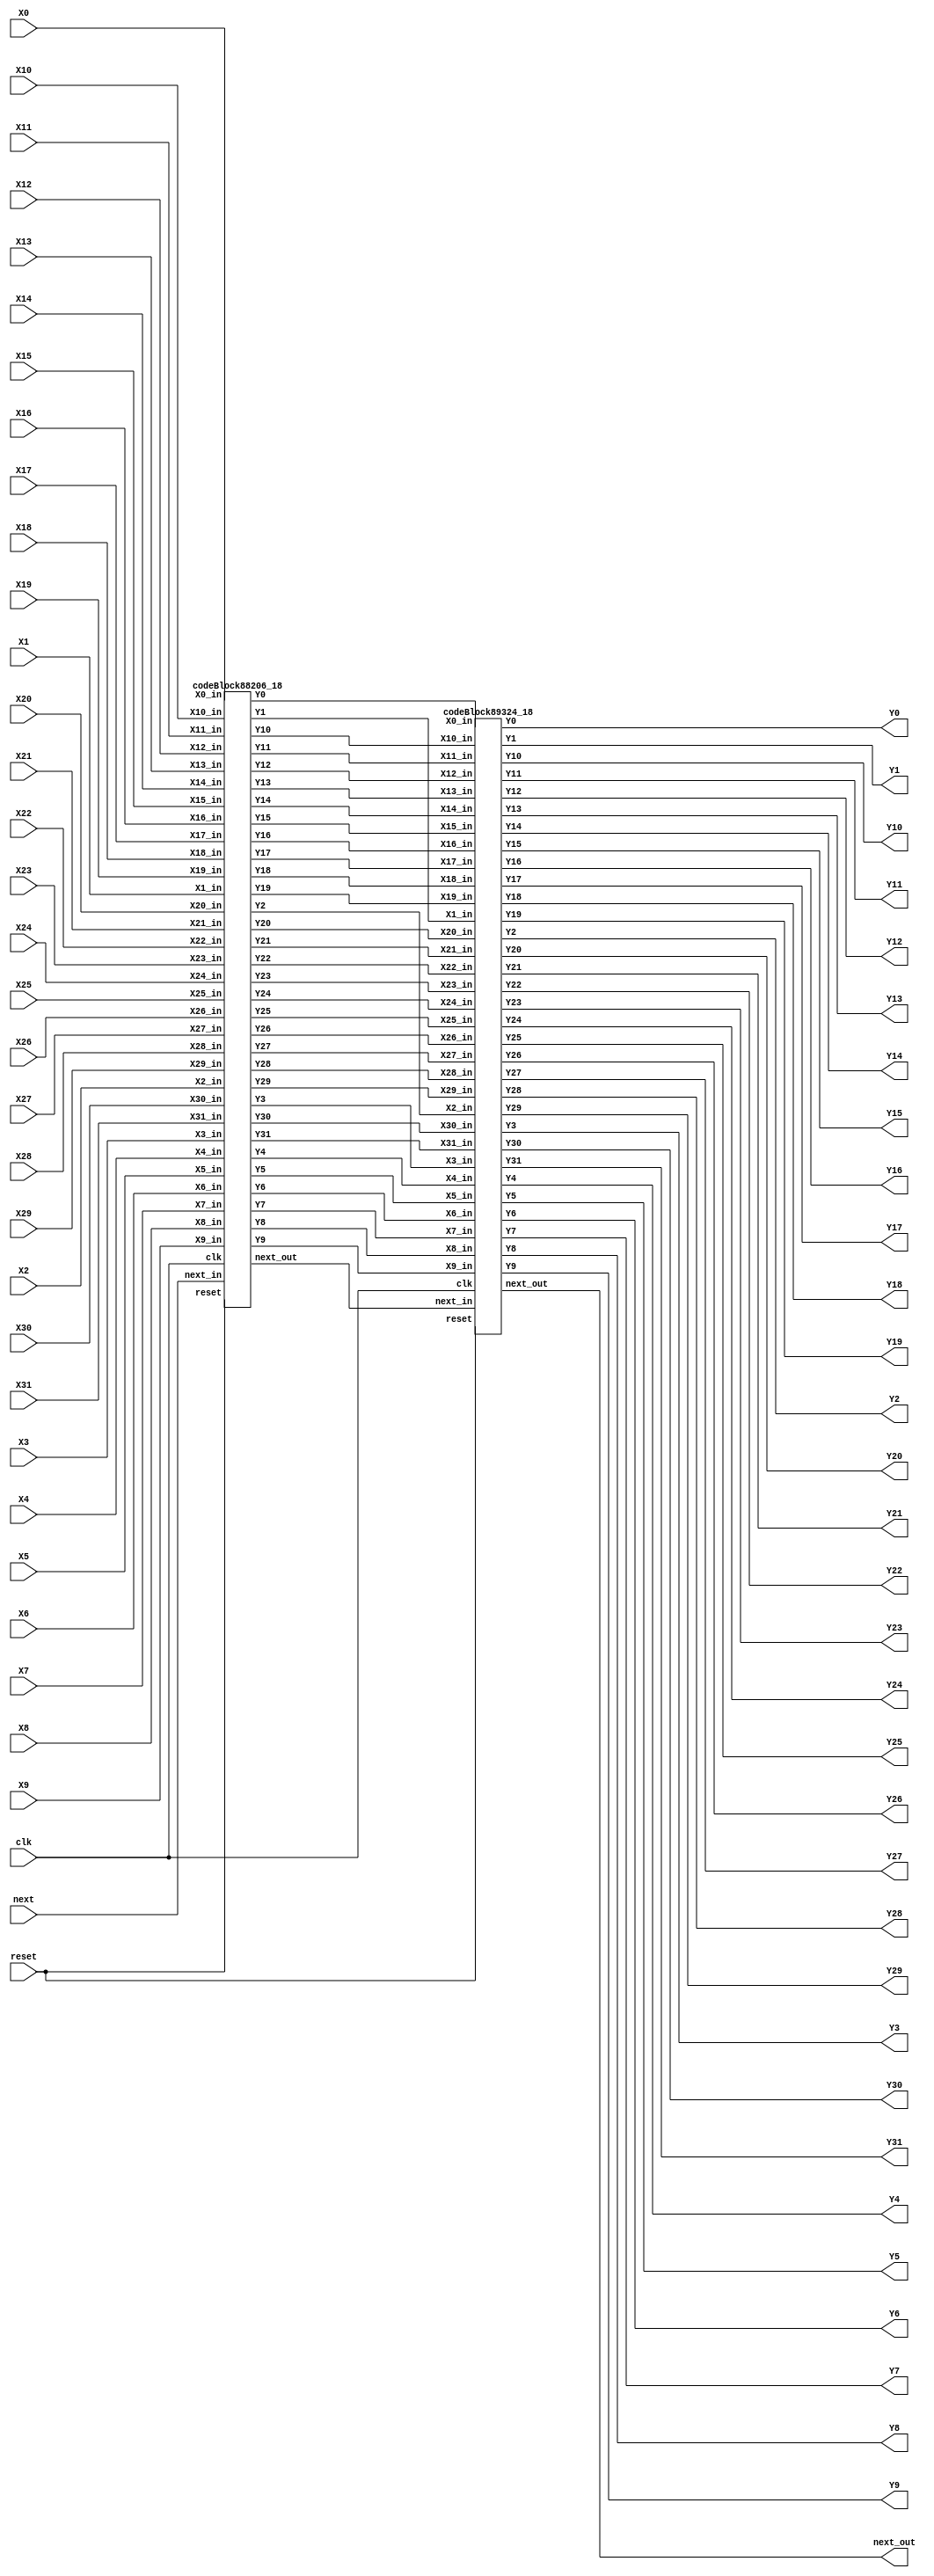
`define SIMULATION_MEMORY

module dft_16_top_18 (
	input clk,
	input reset,
	input next,
	input [17:0] X0,
	output [17:0] Y0,
	input [17:0] X1,
	output [17:0] Y1,
	input [17:0] X2,
	output [17:0] Y2,
	input [17:0] X3,
	output [17:0] Y3,
	input [17:0] X4,
	output [17:0] Y4,
	input [17:0] X5,
	output [17:0] Y5,
	input [17:0] X6,
	output [17:0] Y6,
	input [17:0] X7,
	output [17:0] Y7,
	input [17:0] X8,
	output [17:0] Y8,
	input [17:0] X9,
	output [17:0] Y9,
	input [17:0] X10,
	output [17:0] Y10,
	input [17:0] X11,
	output [17:0] Y11,
	input [17:0] X12,
	output [17:0] Y12,
	input [17:0] X13,
	output [17:0] Y13,
	input [17:0] X14,
	output [17:0] Y14,
	input [17:0] X15,
	output [17:0] Y15,
	input [17:0] X16,
	output [17:0] Y16,
	input [17:0] X17,
	output [17:0] Y17,
	input [17:0] X18,
	output [17:0] Y18,
	input [17:0] X19,
	output [17:0] Y19,
	input [17:0] X20,
	output [17:0] Y20,
	input [17:0] X21,
	output [17:0] Y21,
	input [17:0] X22,
	output [17:0] Y22,
	input [17:0] X23,
	output [17:0] Y23,
	input [17:0] X24,
	output [17:0] Y24,
	input [17:0] X25,
	output [17:0] Y25,
	input [17:0] X26,
	output [17:0] Y26,
	input [17:0] X27,
	output [17:0] Y27,
	input [17:0] X28,
	output [17:0] Y28,
	input [17:0] X29,
	output [17:0] Y29,
	input [17:0] X30,
	output [17:0] Y30,
	input [17:0] X31,
	output [17:0] Y31,
	output next_out
);

wire [17:0] t0_0;
wire [17:0] t0_1;
wire [17:0] t0_2;
wire [17:0] t0_3;
wire [17:0] t0_4;
wire [17:0] t0_5;
wire [17:0] t0_6;
wire [17:0] t0_7;
wire [17:0] t0_8;
wire [17:0] t0_9;
wire [17:0] t0_10;
wire [17:0] t0_11;
wire [17:0] t0_12;
wire [17:0] t0_13;
wire [17:0] t0_14;
wire [17:0] t0_15;
wire [17:0] t0_16;
wire [17:0] t0_17;
wire [17:0] t0_18;
wire [17:0] t0_19;
wire [17:0] t0_20;
wire [17:0] t0_21;
wire [17:0] t0_22;
wire [17:0] t0_23;
wire [17:0] t0_24;
wire [17:0] t0_25;
wire [17:0] t0_26;
wire [17:0] t0_27;
wire [17:0] t0_28;
wire [17:0] t0_29;
wire [17:0] t0_30;
wire [17:0] t0_31;
wire next_0;
wire [17:0] t1_0;
wire [17:0] t1_1;
wire [17:0] t1_2;
wire [17:0] t1_3;
wire [17:0] t1_4;
wire [17:0] t1_5;
wire [17:0] t1_6;
wire [17:0] t1_7;
wire [17:0] t1_8;
wire [17:0] t1_9;
wire [17:0] t1_10;
wire [17:0] t1_11;
wire [17:0] t1_12;
wire [17:0] t1_13;
wire [17:0] t1_14;
wire [17:0] t1_15;
wire [17:0] t1_16;
wire [17:0] t1_17;
wire [17:0] t1_18;
wire [17:0] t1_19;
wire [17:0] t1_20;
wire [17:0] t1_21;
wire [17:0] t1_22;
wire [17:0] t1_23;
wire [17:0] t1_24;
wire [17:0] t1_25;
wire [17:0] t1_26;
wire [17:0] t1_27;
wire [17:0] t1_28;
wire [17:0] t1_29;
wire [17:0] t1_30;
wire [17:0] t1_31;
wire next_1;
wire [17:0] t2_0;
wire [17:0] t2_1;
wire [17:0] t2_2;
wire [17:0] t2_3;
wire [17:0] t2_4;
wire [17:0] t2_5;
wire [17:0] t2_6;
wire [17:0] t2_7;
wire [17:0] t2_8;
wire [17:0] t2_9;
wire [17:0] t2_10;
wire [17:0] t2_11;
wire [17:0] t2_12;
wire [17:0] t2_13;
wire [17:0] t2_14;
wire [17:0] t2_15;
wire [17:0] t2_16;
wire [17:0] t2_17;
wire [17:0] t2_18;
wire [17:0] t2_19;
wire [17:0] t2_20;
wire [17:0] t2_21;
wire [17:0] t2_22;
wire [17:0] t2_23;
wire [17:0] t2_24;
wire [17:0] t2_25;
wire [17:0] t2_26;
wire [17:0] t2_27;
wire [17:0] t2_28;
wire [17:0] t2_29;
wire [17:0] t2_30;
wire [17:0] t2_31;
wire next_2;

assign t0_0 = X0;
assign Y0 = t2_0;
assign t0_1 = X1;
assign Y1 = t2_1;
assign t0_2 = X2;
assign Y2 = t2_2;
assign t0_3 = X3;
assign Y3 = t2_3;
assign t0_4 = X4;
assign Y4 = t2_4;
assign t0_5 = X5;
assign Y5 = t2_5;
assign t0_6 = X6;
assign Y6 = t2_6;
assign t0_7 = X7;
assign Y7 = t2_7;
assign t0_8 = X8;
assign Y8 = t2_8;
assign t0_9 = X9;
assign Y9 = t2_9;
assign t0_10 = X10;
assign Y10 = t2_10;
assign t0_11 = X11;
assign Y11 = t2_11;
assign t0_12 = X12;
assign Y12 = t2_12;
assign t0_13 = X13;
assign Y13 = t2_13;
assign t0_14 = X14;
assign Y14 = t2_14;
assign t0_15 = X15;
assign Y15 = t2_15;
assign t0_16 = X16;
assign Y16 = t2_16;
assign t0_17 = X17;
assign Y17 = t2_17;
assign t0_18 = X18;
assign Y18 = t2_18;
assign t0_19 = X19;
assign Y19 = t2_19;
assign t0_20 = X20;
assign Y20 = t2_20;
assign t0_21 = X21;
assign Y21 = t2_21;
assign t0_22 = X22;
assign Y22 = t2_22;
assign t0_23 = X23;
assign Y23 = t2_23;
assign t0_24 = X24;
assign Y24 = t2_24;
assign t0_25 = X25;
assign Y25 = t2_25;
assign t0_26 = X26;
assign Y26 = t2_26;
assign t0_27 = X27;
assign Y27 = t2_27;
assign t0_28 = X28;
assign Y28 = t2_28;
assign t0_29 = X29;
assign Y29 = t2_29;
assign t0_30 = X30;
assign Y30 = t2_30;
assign t0_31 = X31;
assign Y31 = t2_31;
assign next_0 = next;
assign next_out = next_2;
codeBlock88206_18 codeBlock88206_18_inst (
	.clk(clk),
	.reset(reset),
	.next_in(next_0),
	.X0_in(t0_0),
	.Y0(t1_0),
	.X1_in(t0_1),
	.Y1(t1_1),
	.X2_in(t0_2),
	.Y2(t1_2),
	.X3_in(t0_3),
	.Y3(t1_3),
	.X4_in(t0_4),
	.Y4(t1_4),
	.X5_in(t0_5),
	.Y5(t1_5),
	.X6_in(t0_6),
	.Y6(t1_6),
	.X7_in(t0_7),
	.Y7(t1_7),
	.X8_in(t0_8),
	.Y8(t1_8),
	.X9_in(t0_9),
	.Y9(t1_9),
	.X10_in(t0_10),
	.Y10(t1_10),
	.X11_in(t0_11),
	.Y11(t1_11),
	.X12_in(t0_12),
	.Y12(t1_12),
	.X13_in(t0_13),
	.Y13(t1_13),
	.X14_in(t0_14),
	.Y14(t1_14),
	.X15_in(t0_15),
	.Y15(t1_15),
	.X16_in(t0_16),
	.Y16(t1_16),
	.X17_in(t0_17),
	.Y17(t1_17),
	.X18_in(t0_18),
	.Y18(t1_18),
	.X19_in(t0_19),
	.Y19(t1_19),
	.X20_in(t0_20),
	.Y20(t1_20),
	.X21_in(t0_21),
	.Y21(t1_21),
	.X22_in(t0_22),
	.Y22(t1_22),
	.X23_in(t0_23),
	.Y23(t1_23),
	.X24_in(t0_24),
	.Y24(t1_24),
	.X25_in(t0_25),
	.Y25(t1_25),
	.X26_in(t0_26),
	.Y26(t1_26),
	.X27_in(t0_27),
	.Y27(t1_27),
	.X28_in(t0_28),
	.Y28(t1_28),
	.X29_in(t0_29),
	.Y29(t1_29),
	.X30_in(t0_30),
	.Y30(t1_30),
	.X31_in(t0_31),
	.Y31(t1_31),
	.next_out(next_1)
);

codeBlock89324_18 codeBlock89324_18_inst (
	.clk(clk),
	.reset(reset),
	.next_in(next_1),
	.X0_in(t1_0),
	.Y0(t2_0),
	.X1_in(t1_1),
	.Y1(t2_1),
	.X2_in(t1_2),
	.Y2(t2_2),
	.X3_in(t1_3),
	.Y3(t2_3),
	.X4_in(t1_4),
	.Y4(t2_4),
	.X5_in(t1_5),
	.Y5(t2_5),
	.X6_in(t1_6),
	.Y6(t2_6),
	.X7_in(t1_7),
	.Y7(t2_7),
	.X8_in(t1_8),
	.Y8(t2_8),
	.X9_in(t1_9),
	.Y9(t2_9),
	.X10_in(t1_10),
	.Y10(t2_10),
	.X11_in(t1_11),
	.Y11(t2_11),
	.X12_in(t1_12),
	.Y12(t2_12),
	.X13_in(t1_13),
	.Y13(t2_13),
	.X14_in(t1_14),
	.Y14(t2_14),
	.X15_in(t1_15),
	.Y15(t2_15),
	.X16_in(t1_16),
	.Y16(t2_16),
	.X17_in(t1_17),
	.Y17(t2_17),
	.X18_in(t1_18),
	.Y18(t2_18),
	.X19_in(t1_19),
	.Y19(t2_19),
	.X20_in(t1_20),
	.Y20(t2_20),
	.X21_in(t1_21),
	.Y21(t2_21),
	.X22_in(t1_22),
	.Y22(t2_22),
	.X23_in(t1_23),
	.Y23(t2_23),
	.X24_in(t1_24),
	.Y24(t2_24),
	.X25_in(t1_25),
	.Y25(t2_25),
	.X26_in(t1_26),
	.Y26(t2_26),
	.X27_in(t1_27),
	.Y27(t2_27),
	.X28_in(t1_28),
	.Y28(t2_28),
	.X29_in(t1_29),
	.Y29(t2_29),
	.X30_in(t1_30),
	.Y30(t2_30),
	.X31_in(t1_31),
	.Y31(t2_31),
	.next_out(next_2)
);

endmodule
module codeBlock89324_18 (
	input clk,
	input reset,
	input next_in,
	input [17:0] X0_in,
	output [17:0] Y0,
	input [17:0] X1_in,
	output [17:0] Y1,
	input [17:0] X2_in,
	output [17:0] Y2,
	input [17:0] X3_in,
	output [17:0] Y3,
	input [17:0] X4_in,
	output [17:0] Y4,
	input [17:0] X5_in,
	output [17:0] Y5,
	input [17:0] X6_in,
	output [17:0] Y6,
	input [17:0] X7_in,
	output [17:0] Y7,
	input [17:0] X8_in,
	output [17:0] Y8,
	input [17:0] X9_in,
	output [17:0] Y9,
	input [17:0] X10_in,
	output [17:0] Y10,
	input [17:0] X11_in,
	output [17:0] Y11,
	input [17:0] X12_in,
	output [17:0] Y12,
	input [17:0] X13_in,
	output [17:0] Y13,
	input [17:0] X14_in,
	output [17:0] Y14,
	input [17:0] X15_in,
	output [17:0] Y15,
	input [17:0] X16_in,
	output [17:0] Y16,
	input [17:0] X17_in,
	output [17:0] Y17,
	input [17:0] X18_in,
	output [17:0] Y18,
	input [17:0] X19_in,
	output [17:0] Y19,
	input [17:0] X20_in,
	output [17:0] Y20,
	input [17:0] X21_in,
	output [17:0] Y21,
	input [17:0] X22_in,
	output [17:0] Y22,
	input [17:0] X23_in,
	output [17:0] Y23,
	input [17:0] X24_in,
	output [17:0] Y24,
	input [17:0] X25_in,
	output [17:0] Y25,
	input [17:0] X26_in,
	output [17:0] Y26,
	input [17:0] X27_in,
	output [17:0] Y27,
	input [17:0] X28_in,
	output [17:0] Y28,
	input [17:0] X29_in,
	output [17:0] Y29,
	input [17:0] X30_in,
	output [17:0] Y30,
	input [17:0] X31_in,
	output [17:0] Y31,
	output next_out
);

reg next;
reg [17:0] X0;
reg [17:0] X1;
reg [17:0] X2;
reg [17:0] X3;
reg [17:0] X4;
reg [17:0] X5;
reg [17:0] X6;
reg [17:0] X7;
reg [17:0] X8;
reg [17:0] X9;
reg [17:0] X10;
reg [17:0] X11;
reg [17:0] X12;
reg [17:0] X13;
reg [17:0] X14;
reg [17:0] X15;
reg [17:0] X16;
reg [17:0] X17;
reg [17:0] X18;
reg [17:0] X19;
reg [17:0] X20;
reg [17:0] X21;
reg [17:0] X22;
reg [17:0] X23;
reg [17:0] X24;
reg [17:0] X25;
reg [17:0] X26;
reg [17:0] X27;
reg [17:0] X28;
reg [17:0] X29;
reg [17:0] X30;
reg [17:0] X31;

shiftRegFIFO_2_1 shiftRegFIFO_2_1_inst (
	.X(next),
	.Y(next_out),
	.reset(reset),
	.clk(clk)
);

wire  [17:0] a65;
 		wire  [17:0] a66;
 		wire  [17:0] a67;
 		wire  [17:0] a68;
 		wire  [17:0] a73;
 		wire  [17:0] a74;
 		wire  [17:0] a75;
 		wire  [17:0] a76;
 		wire  [17:0] a81;
 		wire  [17:0] a82;
 		wire  [17:0] a83;
 		wire  [17:0] a84;
 		wire  [17:0] a89;
 		wire  [17:0] a90;
 		wire  [17:0] a91;
 		wire  [17:0] a92;
 		wire  [17:0] a97;
 		wire  [17:0] a98;
 		wire  [17:0] a99;
 		wire  [17:0] a100;
 		wire  [17:0] a105;
 		wire  [17:0] a106;
 		wire  [17:0] a107;
 		wire  [17:0] a108;
 		wire  [17:0] a113;
 		wire  [17:0] a114;
 		wire  [17:0] a115;
 		wire  [17:0] a116;
 		wire  [17:0] a121;
 		wire  [17:0] a122;
 		wire  [17:0] a123;
 		wire  [17:0] a124;
 		wire  [17:0] t402;
 		wire  [17:0] t403;
 		wire  [17:0] t404;
 		wire  [17:0] t405;
 		wire  [17:0] t406;
 		wire  [17:0] t407;
 		wire  [17:0] t408;
 		wire  [17:0] t409;
 		wire  [17:0] t418;
 		wire  [17:0] t419;
 		wire  [17:0] t420;
 		wire  [17:0] t421;
 		wire  [17:0] t422;
 		wire  [17:0] t423;
 		wire  [17:0] t424;
 		wire  [17:0] t425;
 		wire  [17:0] t434;
 		wire  [17:0] t435;
 		wire  [17:0] t436;
 		wire  [17:0] t437;
 		wire  [17:0] t438;
 		wire  [17:0] t439;
 		wire  [17:0] t440;
 		wire  [17:0] t441;
 		wire  [17:0] t450;
 		wire  [17:0] t451;
 		wire  [17:0] t452;
 		wire  [17:0] t453;
 		wire  [17:0] t454;
 		wire  [17:0] t455;
 		wire  [17:0] t456;
 		wire  [17:0] t457;
 		wire  [17:0] t410;
 		wire  [17:0] t411;
 		wire  [17:0] t412;
 		wire  [17:0] t413;
 		wire  [17:0] t414;
 		wire  [17:0] t415;
 		wire  [17:0] t416;
 		wire  [17:0] t417;
 		wire  [17:0] t426;
 		wire  [17:0] t427;
 		wire  [17:0] t428;
 		wire  [17:0] t429;
 		wire  [17:0] t430;
 		wire  [17:0] t431;
 		wire  [17:0] t432;
 		wire  [17:0] t433;
 		wire  [17:0] t442;
 		wire  [17:0] t443;
 		wire  [17:0] t444;
 		wire  [17:0] t445;
 		wire  [17:0] t446;
 		wire  [17:0] t447;
 		wire  [17:0] t448;
 		wire  [17:0] t449;
 		wire  [17:0] t458;
 		wire  [17:0] t459;
 		wire  [17:0] t460;
 		wire  [17:0] t461;
 		wire  [17:0] t462;
 		wire  [17:0] t463;
 		wire  [17:0] t464;
 		wire  [17:0] t465;
assign a65 = X0;
 		assign a66 = X16;
 		assign a67 = X1;
 		assign a68 = X17;
 		assign a73 = X8;
 		assign a74 = X24;
 		assign a75 = X9;
 		assign a76 = X25;
 		assign a81 = X2;
 		assign a82 = X18;
 		assign a83 = X3;
 		assign a84 = X19;
 		assign a89 = X10;
 		assign a90 = X26;
 		assign a91 = X11;
 		assign a92 = X27;
 		assign a97 = X4;
 		assign a98 = X20;
 		assign a99 = X5;
 		assign a100 = X21;
 		assign a105 = X12;
 		assign a106 = X28;
 		assign a107 = X13;
 		assign a108 = X29;
 		assign a113 = X6;
 		assign a114 = X22;
 		assign a115 = X7;
 		assign a116 = X23;
 		assign a121 = X14;
 		assign a122 = X30;
 		assign a123 = X15;
 		assign a124 = X31;
 		assign Y0 = t410;
 		assign Y1 = t411;
 		assign Y16 = t412;
 		assign Y17 = t413;
 		assign Y8 = t414;
 		assign Y9 = t415;
 		assign Y24 = t416;
 		assign Y25 = t417;
 		assign Y2 = t426;
 		assign Y3 = t427;
 		assign Y18 = t428;
 		assign Y19 = t429;
 		assign Y10 = t430;
 		assign Y11 = t431;
 		assign Y26 = t432;
 		assign Y27 = t433;
 		assign Y4 = t442;
 		assign Y5 = t443;
 		assign Y20 = t444;
 		assign Y21 = t445;
 		assign Y12 = t446;
 		assign Y13 = t447;
 		assign Y28 = t448;
 		assign Y29 = t449;
 		assign Y6 = t458;
 		assign Y7 = t459;
 		assign Y22 = t460;
 		assign Y23 = t461;
 		assign Y14 = t462;
 		assign Y15 = t463;
 		assign Y30 = t464;
 		assign Y31 = t465;

addfxp_18_1 add89336(.a(a65), .b(a66), .clk(clk), .q(t402));
 		addfxp_18_1 add89351(.a(a67), .b(a68), .clk(clk), .q(t403));
 		subfxp_18_1 sub89366(.a(a65), .b(a66), .clk(clk), .q(t404));
 		subfxp_18_1 sub89381(.a(a67), .b(a68), .clk(clk), .q(t405));
 		addfxp_18_1 add89396(.a(a73), .b(a74), .clk(clk), .q(t406));
 		addfxp_18_1 add89411(.a(a75), .b(a76), .clk(clk), .q(t407));
 		subfxp_18_1 sub89426(.a(a73), .b(a74), .clk(clk), .q(t408));
 		subfxp_18_1 sub89441(.a(a75), .b(a76), .clk(clk), .q(t409));
 		addfxp_18_1 add89544(.a(a81), .b(a82), .clk(clk), .q(t418));
 		addfxp_18_1 add89559(.a(a83), .b(a84), .clk(clk), .q(t419));
 		subfxp_18_1 sub89574(.a(a81), .b(a82), .clk(clk), .q(t420));
 		subfxp_18_1 sub89589(.a(a83), .b(a84), .clk(clk), .q(t421));
 		addfxp_18_1 add89604(.a(a89), .b(a90), .clk(clk), .q(t422));
 		addfxp_18_1 add89619(.a(a91), .b(a92), .clk(clk), .q(t423));
 		subfxp_18_1 sub89634(.a(a89), .b(a90), .clk(clk), .q(t424));
 		subfxp_18_1 sub89649(.a(a91), .b(a92), .clk(clk), .q(t425));
 		addfxp_18_1 add89752(.a(a97), .b(a98), .clk(clk), .q(t434));
 		addfxp_18_1 add89767(.a(a99), .b(a100), .clk(clk), .q(t435));
 		subfxp_18_1 sub89782(.a(a97), .b(a98), .clk(clk), .q(t436));
		subfxp_18_1 sub89797(.a(a99), .b(a100), .clk(clk), .q(t437));
 		addfxp_18_1 add89812(.a(a105), .b(a106), .clk(clk), .q(t438));
 		addfxp_18_1 add89827(.a(a107), .b(a108), .clk(clk), .q(t439));
 		subfxp_18_1 sub89842(.a(a105), .b(a106), .clk(clk), .q(t440));
 		subfxp_18_1 sub89857(.a(a107), .b(a108), .clk(clk), .q(t441));
 		addfxp_18_1 add89960(.a(a113), .b(a114), .clk(clk), .q(t450));
 		addfxp_18_1 add89975(.a(a115), .b(a116), .clk(clk), .q(t451));
 		subfxp_18_1 sub89990(.a(a113), .b(a114), .clk(clk), .q(t452));
 		subfxp_18_1 sub90005(.a(a115), .b(a116), .clk(clk), .q(t453));
 		addfxp_18_1 add90020(.a(a121), .b(a122), .clk(clk), .q(t454));
 		addfxp_18_1 add90035(.a(a123), .b(a124), .clk(clk), .q(t455));
 		subfxp_18_1 sub90050(.a(a121), .b(a122), .clk(clk), .q(t456));
 		subfxp_18_1 sub90065(.a(a123), .b(a124), .clk(clk), .q(t457));
 		addfxp_18_1 add89448(.a(t402), .b(t406), .clk(clk), .q(t410));
 		addfxp_18_1 add89455(.a(t403), .b(t407), .clk(clk), .q(t411));
 		subfxp_18_1 sub89462(.a(t402), .b(t406), .clk(clk), .q(t412));
 		subfxp_18_1 sub89469(.a(t403), .b(t407), .clk(clk), .q(t413));
 		addfxp_18_1 add89492(.a(t404), .b(t409), .clk(clk), .q(t414));
 		subfxp_18_1 sub89499(.a(t405), .b(t408), .clk(clk), .q(t415));
 		subfxp_18_1 sub89506(.a(t404), .b(t409), .clk(clk), .q(t416));
 		addfxp_18_1 add89513(.a(t405), .b(t408), .clk(clk), .q(t417));
 		addfxp_18_1 add89656(.a(t418), .b(t422), .clk(clk), .q(t426));
 		addfxp_18_1 add89663(.a(t419), .b(t423), .clk(clk), .q(t427));
 		subfxp_18_1 sub89670(.a(t418), .b(t422), .clk(clk), .q(t428));
 		subfxp_18_1 sub89677(.a(t419), .b(t423), .clk(clk), .q(t429));
 		addfxp_18_1 add89700(.a(t420), .b(t425), .clk(clk), .q(t430));
 		subfxp_18_1 sub89707(.a(t421), .b(t424), .clk(clk), .q(t431));
 		subfxp_18_1 sub89714(.a(t420), .b(t425), .clk(clk), .q(t432));
 		addfxp_18_1 add89721(.a(t421), .b(t424), .clk(clk), .q(t433));
 		addfxp_18_1 add89864(.a(t434), .b(t438), .clk(clk), .q(t442));
 		addfxp_18_1 add89871(.a(t435), .b(t439), .clk(clk), .q(t443));
 		subfxp_18_1 sub89878(.a(t434), .b(t438), .clk(clk), .q(t444));
 		subfxp_18_1 sub89885(.a(t435), .b(t439), .clk(clk), .q(t445));
 		addfxp_18_1 add89908(.a(t436), .b(t441), .clk(clk), .q(t446));
 		subfxp_18_1 sub89915(.a(t437), .b(t440), .clk(clk), .q(t447));
 		subfxp_18_1 sub89922(.a(t436), .b(t441), .clk(clk), .q(t448));
 		addfxp_18_1 add89929(.a(t437), .b(t440), .clk(clk), .q(t449));
 		addfxp_18_1 add90072(.a(t450), .b(t454), .clk(clk), .q(t458));
 		addfxp_18_1 add90079(.a(t451), .b(t455), .clk(clk), .q(t459));
 		subfxp_18_1 sub90086(.a(t450), .b(t454), .clk(clk), .q(t460));
 		subfxp_18_1 sub90093(.a(t451), .b(t455), .clk(clk), .q(t461));
 		addfxp_18_1 add90116(.a(t452), .b(t457), .clk(clk), .q(t462));
 		subfxp_18_1 sub90123(.a(t453), .b(t456), .clk(clk), .q(t463));
 		subfxp_18_1 sub90130(.a(t452), .b(t457), .clk(clk), .q(t464));
 		addfxp_18_1 add90137(.a(t453), .b(t456), .clk(clk), .q(t465));

always @(posedge clk) begin
	if (reset == 1) begin
		next <= 1'b0;
	end else begin
		X0 <= X0_in;
		X1 <= X1_in;
		X2 <= X2_in;
		X3 <= X3_in;
		X4 <= X4_in;
		X5 <= X5_in;
		X6 <= X6_in;
		X7 <= X7_in;
		X8 <= X8_in;
		X9 <= X9_in;
		X10 <= X10_in;
		X11 <= X11_in;
		X12 <= X12_in;
		X13 <= X13_in;
		X14 <= X14_in;
		X15 <= X15_in;
		X16 <= X16_in;
		X17 <= X17_in;
		X18 <= X18_in;
		X19 <= X19_in;
		X20 <= X20_in;
		X21 <= X21_in;
		X22 <= X22_in;
		X23 <= X23_in;
		X24 <= X24_in;
		X25 <= X25_in;
		X26 <= X26_in;
		X27 <= X27_in;
		X28 <= X28_in;
		X29 <= X29_in;
		X30 <= X30_in;
		X31 <= X31_in;
		next <= next_in;
	end
end

endmodule
module codeBlock88206_18 (
	input clk,
	input reset,
	input next_in,
	input [17:0] X0_in,
	output [17:0] Y0,
	input [17:0] X1_in,
	output [17:0] Y1,
	input [17:0] X2_in,
	output [17:0] Y2,
	input [17:0] X3_in,
	output [17:0] Y3,
	input [17:0] X4_in,
	output [17:0] Y4,
	input [17:0] X5_in,
	output [17:0] Y5,
	input [17:0] X6_in,
	output [17:0] Y6,
	input [17:0] X7_in,
	output [17:0] Y7,
	input [17:0] X8_in,
	output [17:0] Y8,
	input [17:0] X9_in,
	output [17:0] Y9,
	input [17:0] X10_in,
	output [17:0] Y10,
	input [17:0] X11_in,
	output [17:0] Y11,
	input [17:0] X12_in,
	output [17:0] Y12,
	input [17:0] X13_in,
	output [17:0] Y13,
	input [17:0] X14_in,
	output [17:0] Y14,
	input [17:0] X15_in,
	output [17:0] Y15,
	input [17:0] X16_in,
	output [17:0] Y16,
	input [17:0] X17_in,
	output [17:0] Y17,
	input [17:0] X18_in,
	output [17:0] Y18,
	input [17:0] X19_in,
	output [17:0] Y19,
	input [17:0] X20_in,
	output [17:0] Y20,
	input [17:0] X21_in,
	output [17:0] Y21,
	input [17:0] X22_in,
	output [17:0] Y22,
	input [17:0] X23_in,
	output [17:0] Y23,
	input [17:0] X24_in,
	output [17:0] Y24,
	input [17:0] X25_in,
	output [17:0] Y25,
	input [17:0] X26_in,
	output [17:0] Y26,
	input [17:0] X27_in,
	output [17:0] Y27,
	input [17:0] X28_in,
	output [17:0] Y28,
	input [17:0] X29_in,
	output [17:0] Y29,
	input [17:0] X30_in,
	output [17:0] Y30,
	input [17:0] X31_in,
	output [17:0] Y31,
	output next_out
);

reg next;
reg [17:0] X0;
reg [17:0] X1;
reg [17:0] X2;
reg [17:0] X3;
reg [17:0] X4;
reg [17:0] X5;
reg [17:0] X6;
reg [17:0] X7;
reg [17:0] X8;
reg [17:0] X9;
reg [17:0] X10;
reg [17:0] X11;
reg [17:0] X12;
reg [17:0] X13;
reg [17:0] X14;
reg [17:0] X15;
reg [17:0] X16;
reg [17:0] X17;
reg [17:0] X18;
reg [17:0] X19;
reg [17:0] X20;
reg [17:0] X21;
reg [17:0] X22;
reg [17:0] X23;
reg [17:0] X24;
reg [17:0] X25;
reg [17:0] X26;
reg [17:0] X27;
reg [17:0] X28;
reg [17:0] X29;
reg [17:0] X30;
reg [17:0] X31;
shiftRegFIFO_5_1 shiftRegFIFO_5_1_inst (
	.X(next),
	.Y(next_out),
	.reset(reset),
	.clk(clk)
);
wire  [17:0] a249;
 		wire  [17:0] a250;
 		wire  [17:0] a251;
 		wire  [17:0] a252;
 		wire  [17:0] a257;
 		wire  [17:0] a258;
 		wire  [17:0] a259;
 		wire  [17:0] a260;
 		wire  [17:0] a265;
 		wire  [17:0] a266;
 		wire  [17:0] a267;
 		wire  [17:0] a268;
 		wire  [17:0] a273;
 		wire  [17:0] a274;
 		wire  [17:0] a275;
 		wire  [17:0] a276;
 		wire  [17:0] a281;
 		wire  [17:0] a282;
 		wire  [17:0] a283;
 		wire  [17:0] a284;
 		wire  [17:0] a289;
 		wire  [17:0] a290;
 		wire  [17:0] a291;
 		wire  [17:0] a292;
 		wire  [17:0] a297;
 		wire  [17:0] a298;
 		wire  [17:0] a299;
 		wire  [17:0] a300;
 		wire  [17:0] a305;
 		wire  [17:0] a306;
 		wire  [17:0] a307;
 		wire  [17:0] a308;
 		wire  [17:0] t914;
 		wire  [17:0] t915;
 		wire  [17:0] t916;
 		wire  [17:0] t917;
 		wire  [17:0] t918;
 		wire  [17:0] t919;
 		wire  [17:0] t920;
 		wire  [17:0] t921;
 		wire  [17:0] t930;
 		wire  [17:0] t931;
 		wire  [17:0] t932;
 		wire  [17:0] t933;
 		wire  [17:0] t934;
 		wire  [17:0] t935;
 		wire  [17:0] t936;
 		wire  [17:0] t937;
 		wire  [17:0] t952;
 		wire  [17:0] t953;
 		wire  [17:0] t954;
 		wire  [17:0] t955;
 		wire  [17:0] t956;
 		wire  [17:0] t957;
 		wire  [17:0] t958;
 		wire  [17:0] t959;
 		wire  [17:0] t972;
 		wire  [17:0] t973;
 		wire  [17:0] t974;
 		wire  [17:0] t975;
 		wire  [17:0] t976;
 		wire  [17:0] t977;
 		wire  [17:0] t978;
 		wire  [17:0] t979;
 		wire  [17:0] t922;
 		wire  [17:0] t923;
 		wire  [17:0] t924;
 		wire  [17:0] t925;
 		wire  [17:0] t926;
 		wire  [17:0] t927;
 		wire  [17:0] t928;
 		wire  [17:0] t929;
 		wire  [17:0] t938;
 		wire  [17:0] t939;
 		wire  [17:0] t940;
 		wire  [17:0] t941;
 		wire  [17:0] t944;
 		wire  [17:0] t945;
 		wire  [17:0] t946;
 		wire  [17:0] t947;
 		wire  [17:0] t960;
 		wire  [17:0] t961;
 		wire  [17:0] t962;
 		wire  [17:0] t963;
 		wire  [17:0] t964;
 		wire  [17:0] t965;
 		wire  [17:0] t966;
 		wire  [17:0] t967;
 		wire  [17:0] t980;
 		wire  [17:0] t981;
 		wire  [17:0] t982;
 		wire  [17:0] t983;
 		wire  [17:0] t986;
 		wire  [17:0] t987;
 		wire  [17:0] t988;
 		wire  [17:0] t989;
 		reg  [17:0] tm24;
 		reg  [17:0] tm27;
 		reg  [17:0] tm30;
 		reg  [17:0] tm33;
 		reg  [17:0] tm36;
 		reg  [17:0] tm39;
 		reg  [17:0] tm42;
 		reg  [17:0] tm45;
 		reg  [17:0] tm48;
 		reg  [17:0] tm51;
 		reg  [17:0] tm54;
 		reg  [17:0] tm57;
 		reg  [17:0] tm60;
 		reg  [17:0] tm63;
 		reg  [17:0] tm66;
 		reg  [17:0] tm69;
 		wire  [17:0] a225;
 		wire  [17:0] a226;
 		wire  [17:0] a227;
 		wire  [17:0] a228;
 		wire  [17:0] a229;
 		wire  [17:0] a230;
 		wire  [17:0] a231;
 		wire  [17:0] a232;
 		wire  [17:0] a233;
 		wire  [17:0] a234;
 		wire  [17:0] a235;
 		wire  [17:0] a236;
 		wire  [17:0] a237;
 		wire  [17:0] a238;
 		wire  [17:0] a239;
 		wire  [17:0] a240;
 		wire  [17:0] a241;
 		wire  [17:0] a242;
 		wire  [17:0] a243;
 		wire  [17:0] a244;
 		wire  [17:0] a245;
 		wire  [17:0] a246;
 		wire  [17:0] a247;
 		wire  [17:0] a248;
 		reg  [17:0] tm25;
 		reg  [17:0] tm28;
 		reg  [17:0] tm31;
 		reg  [17:0] tm34;
 		reg  [17:0] tm37;
 		reg  [17:0] tm40;
 		reg  [17:0] tm43;
 		reg  [17:0] tm46;
 		reg  [17:0] tm49;
 		reg  [17:0] tm52;
 		reg  [17:0] tm55;
 		reg  [17:0] tm58;
 		reg  [17:0] tm61;
 		reg  [17:0] tm64;
 		reg  [17:0] tm67;
 		reg  [17:0] tm70;
 		wire  [17:0] t942;
 		wire  [17:0] t943;
 		wire  [17:0] t948;
 		wire  [17:0] t949;
 		wire  [17:0] t950;
 		wire  [17:0] t951;
 		wire  [17:0] t968;
 		wire  [17:0] t969;
 		wire  [17:0] t970;
 		wire  [17:0] t971;
 		wire  [17:0] t984;
 		wire  [17:0] t985;
 		wire  [17:0] t990;
 		wire  [17:0] t991;
 		wire  [17:0] t992;
 		wire  [17:0] t993;
 		reg  [17:0] tm26;
 		reg  [17:0] tm29;
 		reg  [17:0] tm32;
 		reg  [17:0] tm35;
 		reg  [17:0] tm38;
 		reg  [17:0] tm41;
 		reg  [17:0] tm44;
 		reg  [17:0] tm47;
 		reg  [17:0] tm50;
 		reg  [17:0] tm53;
 		reg  [17:0] tm56;
 		reg  [17:0] tm59;
 		reg  [17:0] tm62;
 		reg  [17:0] tm65;
 		reg  [17:0] tm68;
 		reg  [17:0] tm71;

wire [17:0] tm0;
assign tm0 = (18'hb505 >> (18-18));
wire  [17:0] tm2;
assign tm2 = (18'hec83 >> (18-18));
wire  [17:0] tm3;
assign tm3 = (18'h61f8 >> (18-18));

assign a249 = X0;
 		assign a250 = X16;
 		assign a251 = X1;
 		assign a252 = X17;
 		assign a257 = X8;
 		assign a258 = X24;
 		assign a259 = X9;
 		assign a260 = X25;
 		assign a265 = X2;
 		assign a266 = X18;
 		assign a267 = X3;
 		assign a268 = X19;
 		assign a273 = X10;
 		assign a274 = X26;
 		assign a275 = X11;
 		assign a276 = X27;
 		assign a281 = X4;
 		assign a282 = X20;
 		assign a283 = X5;
 		assign a284 = X21;
 		assign a289 = X12;
 		assign a290 = X28;
 		assign a291 = X13;
 		assign a292 = X29;
 		assign a297 = X6;
 		assign a298 = X22;
 		assign a299 = X7;
 		assign a300 = X23;
 		assign a305 = X14;
 		assign a306 = X30;
 		assign a307 = X15;
 		assign a308 = X31;
 		assign Y0 = tm26;
 		assign Y1 = tm29;
 		assign Y4 = tm32;
 		assign Y5 = tm35;
 		assign Y2 = tm38;
 		assign Y3 = tm41;
 		assign Y6 = tm44;
 		assign Y7 = tm47;
 		assign Y8 = tm50;
 		assign Y9 = tm53;
 		assign Y12 = t942;
 		assign Y13 = t943;
 		assign Y10 = t948;
 		assign Y11 = t949;
 		assign Y14 = t950;
 		assign Y15 = t951;
 		assign Y16 = tm56;
 		assign Y17 = tm59;
 		assign Y20 = tm62;
 		assign Y21 = tm65;
 		assign Y18 = t968;
 		assign Y19 = t969;
 		assign Y22 = t970;
 		assign Y23 = (~(t971)+1);
 		assign Y24 = tm68;
 		assign Y25 = tm71;
 		assign Y28 = t984;
 		assign Y29 = (~(t985)+1);
 		assign Y26 = t990;
 		assign Y27 = t991;
 		assign Y30 = (~(t992)+1);
 		assign Y31 = t993;

addfxp_18_1 add88218(.a(a249), .b(a250), .clk(clk), .q(t914));
 		addfxp_18_1 add88233(.a(a251), .b(a252), .clk(clk), .q(t915));
 		subfxp_18_1 sub88248(.a(a249), .b(a250), .clk(clk), .q(t916));
 		subfxp_18_1 sub88263(.a(a251), .b(a252), .clk(clk), .q(t917));
 		addfxp_18_1 add88278(.a(a257), .b(a258), .clk(clk), .q(t918));
 		addfxp_18_1 add88293(.a(a259), .b(a260), .clk(clk), .q(t919));
 		subfxp_18_1 sub88308(.a(a257), .b(a258), .clk(clk), .q(t920));
 		subfxp_18_1 sub88323(.a(a259), .b(a260), .clk(clk), .q(t921));
 		addfxp_18_1 add88426(.a(a265), .b(a266), .clk(clk), .q(t930));
 		addfxp_18_1 add88441(.a(a267), .b(a268), .clk(clk), .q(t931));
 		subfxp_18_1 sub88456(.a(a265), .b(a266), .clk(clk), .q(t932));
 		subfxp_18_1 sub88471(.a(a267), .b(a268), .clk(clk), .q(t933));
 		addfxp_18_1 add88486(.a(a273), .b(a274), .clk(clk), .q(t934));
 		addfxp_18_1 add88501(.a(a275), .b(a276), .clk(clk), .q(t935));
 		subfxp_18_1 sub88516(.a(a273), .b(a274), .clk(clk), .q(t936));
 		subfxp_18_1 sub88531(.a(a275), .b(a276), .clk(clk), .q(t937));
 		addfxp_18_1 add88746(.a(a281), .b(a282), .clk(clk), .q(t952));
 		addfxp_18_1 add88761(.a(a283), .b(a284), .clk(clk), .q(t953));
 		subfxp_18_1 sub88776(.a(a281), .b(a282), .clk(clk), .q(t954));
 		subfxp_18_1 sub88791(.a(a283), .b(a284), .clk(clk), .q(t955));
 		addfxp_18_1 add88806(.a(a289), .b(a290), .clk(clk), .q(t956));
 		addfxp_18_1 add88821(.a(a291), .b(a292), .clk(clk), .q(t957));
 		subfxp_18_1 sub88836(.a(a289), .b(a290), .clk(clk), .q(t958));
 		subfxp_18_1 sub88851(.a(a291), .b(a292), .clk(clk), .q(t959));
 		addfxp_18_1 add89012(.a(a297), .b(a298), .clk(clk), .q(t972));
 		addfxp_18_1 add89027(.a(a299), .b(a300), .clk(clk), .q(t973));
 		subfxp_18_1 sub89042(.a(a297), .b(a298), .clk(clk), .q(t974));
 		subfxp_18_1 sub89057(.a(a299), .b(a300), .clk(clk), .q(t975));
 		addfxp_18_1 add89072(.a(a305), .b(a306), .clk(clk), .q(t976));
 		addfxp_18_1 add89087(.a(a307), .b(a308), .clk(clk), .q(t977));
 		subfxp_18_1 sub89102(.a(a305), .b(a306), .clk(clk), .q(t978));
 		subfxp_18_1 sub89117(.a(a307), .b(a308), .clk(clk), .q(t979));
 		addfxp_18_1 add88330(.a(t914), .b(t918), .clk(clk), .q(t922));
 		addfxp_18_1 add88337(.a(t915), .b(t919), .clk(clk), .q(t923));
 		subfxp_18_1 sub88344(.a(t914), .b(t918), .clk(clk), .q(t924));
 		subfxp_18_1 sub88351(.a(t915), .b(t919), .clk(clk), .q(t925));
 		addfxp_18_1 add88374(.a(t916), .b(t921), .clk(clk), .q(t926));
 		subfxp_18_1 sub88381(.a(t917), .b(t920), .clk(clk), .q(t927));
 		subfxp_18_1 sub88388(.a(t916), .b(t921), .clk(clk), .q(t928));
 		addfxp_18_1 add88395(.a(t917), .b(t920), .clk(clk), .q(t929));
 		addfxp_18_1 add88538(.a(t930), .b(t934), .clk(clk), .q(t938));
 		addfxp_18_1 add88545(.a(t931), .b(t935), .clk(clk), .q(t939));
 		subfxp_18_1 sub88552(.a(t930), .b(t934), .clk(clk), .q(t940));
 		subfxp_18_1 sub88559(.a(t931), .b(t935), .clk(clk), .q(t941));
 		addfxp_18_1 add88610(.a(t932), .b(t937), .clk(clk), .q(t944));
 		subfxp_18_1 sub88617(.a(t933), .b(t936), .clk(clk), .q(t945));
 		subfxp_18_1 sub88624(.a(t932), .b(t937), .clk(clk), .q(t946));
 		addfxp_18_1 add88631(.a(t933), .b(t936), .clk(clk), .q(t947));
 		addfxp_18_1 add88858(.a(t952), .b(t956), .clk(clk), .q(t960));
 		addfxp_18_1 add88865(.a(t953), .b(t957), .clk(clk), .q(t961));
 		subfxp_18_1 sub88872(.a(t952), .b(t956), .clk(clk), .q(t962));
 		subfxp_18_1 sub88879(.a(t953), .b(t957), .clk(clk), .q(t963));
 		addfxp_18_1 add88903(.a(t954), .b(t959), .clk(clk), .q(t964));
 		subfxp_18_1 sub88910(.a(t955), .b(t958), .clk(clk), .q(t965));
 		subfxp_18_1 sub88917(.a(t954), .b(t959), .clk(clk), .q(t966));
 		addfxp_18_1 add88924(.a(t955), .b(t958), .clk(clk), .q(t967));
 		addfxp_18_1 add89124(.a(t972), .b(t976), .clk(clk), .q(t980));
 		addfxp_18_1 add89131(.a(t973), .b(t977), .clk(clk), .q(t981));
 		subfxp_18_1 sub89138(.a(t972), .b(t976), .clk(clk), .q(t982));
 		subfxp_18_1 sub89145(.a(t973), .b(t977), .clk(clk), .q(t983));
 		addfxp_18_1 add89197(.a(t974), .b(t979), .clk(clk), .q(t986));
 		subfxp_18_1 sub89204(.a(t975), .b(t978), .clk(clk), .q(t987));
 		subfxp_18_1 sub89211(.a(t974), .b(t979), .clk(clk), .q(t988));
 		addfxp_18_1 add89218(.a(t975), .b(t978), .clk(clk), .q(t989));

multfix_alt_dsp_18 m88566(.ax(tm0), .ay(t940), .bx(tm0), .by(t941), .clk(clk), .a_q_sc(a225), .a_q_unsc(), .b_q_sc(a226), .b_q_unsc(), .rst(reset));
 			multfix_alt_dsp_18 m88570(.ax(tm2), .ay(t944), .bx(tm3), .by(t945), .clk(clk), .a_q_sc(a227), .a_q_unsc(), .b_q_sc(a228), .b_q_unsc(), .rst(reset));
 			multfix_alt_dsp_18 m88572(.ax(tm2), .ay(t945), .bx(tm3), .by(t944), .clk(clk), .a_q_sc(a229), .a_q_unsc(), .b_q_sc(a230), .b_q_unsc(), .rst(reset));
 			multfix_alt_dsp_18 m88574(.ax(tm3), .ay(t946), .bx(tm2), .by(t947), .clk(clk), .a_q_sc(a231), .a_q_unsc(), .b_q_sc(a232), .b_q_unsc(), .rst(reset));
 			multfix_alt_dsp_18 m88576(.ax(tm3), .ay(t947), .bx(tm2), .by(t946), .clk(clk), .a_q_sc(a233), .a_q_unsc(), .b_q_sc(a234), .b_q_unsc(), .rst(reset));
 			multfix_alt_dsp_18 m88578(.ax(tm0), .ay(t964), .bx(tm0), .by(t965), .clk(clk), .a_q_sc(a235), .a_q_unsc(), .b_q_sc(a236), .b_q_unsc(), .rst(reset));
 			multfix_alt_dsp_18 m88580(.ax(tm0), .ay(t967), .bx(tm0), .by(t966), .clk(clk), .a_q_sc(a237), .a_q_unsc(), .b_q_sc(a238), .b_q_unsc(), .rst(reset));
 			multfix_alt_dsp_18 m88582(.ax(tm0), .ay(t983), .bx(tm0), .by(t982), .clk(clk), .a_q_sc(a239), .a_q_unsc(), .b_q_sc(a240), .b_q_unsc(), .rst(reset));
 			multfix_alt_dsp_18 m88584(.ax(tm3), .ay(t986), .bx(tm2), .by(t987), .clk(clk), .a_q_sc(a241), .a_q_unsc(), .b_q_sc(a242), .b_q_unsc(), .rst(reset));
 			multfix_alt_dsp_18 m88586(.ax(tm3), .ay(t987), .bx(tm2), .by(t986), .clk(clk), .a_q_sc(a243), .a_q_unsc(), .b_q_sc(a244), .b_q_unsc(), .rst(reset));
 			multfix_alt_dsp_18 m88588(.ax(tm2), .ay(t988), .bx(tm3), .by(t989), .clk(clk), .a_q_sc(a245), .a_q_unsc(), .b_q_sc(a246), .b_q_unsc(), .rst(reset));
 			multfix_alt_dsp_18 m88590(.ax(tm3), .ay(t988), .bx(tm2), .by(t989), .clk(clk), .a_q_sc(a247), .a_q_unsc(), .b_q_sc(a248), .b_q_unsc(), .rst(reset));

addfxp_18_1 add88580(.a(a225), .b(a226), .clk(clk), .q(t942));
 		subfxp_18_1 sub88587(.a(a226), .b(a225), .clk(clk), .q(t943));
 		addfxp_18_1 add88652(.a(a227), .b(a228), .clk(clk), .q(t948));
 		subfxp_18_1 sub88673(.a(a229), .b(a230), .clk(clk), .q(t949));
 		addfxp_18_1 add88694(.a(a231), .b(a232), .clk(clk), .q(t950));
 		subfxp_18_1 sub88715(.a(a233), .b(a234), .clk(clk), .q(t951));
 		addfxp_18_1 add88945(.a(a235), .b(a236), .clk(clk), .q(t968));
 		subfxp_18_1 sub88952(.a(a236), .b(a235), .clk(clk), .q(t969));
 		subfxp_18_1 sub88973(.a(a237), .b(a238), .clk(clk), .q(t970));
 		addfxp_18_1 add88980(.a(a238), .b(a237), .clk(clk), .q(t971));
 		subfxp_18_1 sub89166(.a(a239), .b(a240), .clk(clk), .q(t984));
 		addfxp_18_1 add89173(.a(a240), .b(a239), .clk(clk), .q(t985));
 		addfxp_18_1 add89239(.a(a241), .b(a242), .clk(clk), .q(t990));
 		subfxp_18_1 sub89260(.a(a243), .b(a244), .clk(clk), .q(t991));
 		addfxp_18_1 add89281(.a(a245), .b(a246), .clk(clk), .q(t992));
 		subfxp_18_1 sub89302(.a(a247), .b(a248), .clk(clk), .q(t993));

always @(posedge clk) begin
	if (reset == 1) begin
		next <= 1'b0;
	end else begin
		X0 <= X0_in;
		X1 <= X1_in;
		X2 <= X2_in;
		X3 <= X3_in;
		X4 <= X4_in;
		X5 <= X5_in;
		X6 <= X6_in;
		X7 <= X7_in;
		X8 <= X8_in;
		X9 <= X9_in;
		X10 <= X10_in;
		X11 <= X11_in;
		X12 <= X12_in;
		X13 <= X13_in;
		X14 <= X14_in;
		X15 <= X15_in;
		X16 <= X16_in;
		X17 <= X17_in;
		X18 <= X18_in;
		X19 <= X19_in;
		X20 <= X20_in;
		X21 <= X21_in;
		X22 <= X22_in;
		X23 <= X23_in;
		X24 <= X24_in;
		X25 <= X25_in;
		X26 <= X26_in;
		X27 <= X27_in;
		X28 <= X28_in;
		X29 <= X29_in;
		X30 <= X30_in;
		X31 <= X31_in;
		next <= next_in;
		tm24 <= t922;
		tm27 <= t923;
		tm30 <= t924;
		tm33 <= t925;
		tm36 <= t926;
		tm39 <= t927;
		tm42 <= t928;
		tm45 <= t929;
		tm48 <= t938;
		tm51 <= t939;
		tm54 <= t960;
		tm57 <= t961;
		tm60 <= t963;
		tm63 <= (~(t962)+1);
		tm66 <= t980;
		tm69 <= t981;
		tm25 <= tm24;
		tm28 <= tm27;
		tm31 <= tm30;
		tm34 <= tm33;
		tm37 <= tm36;
		tm40 <= tm39;
		tm43 <= tm42;
		tm46 <= tm45;
		tm49 <= tm48;
		tm52 <= tm51;
		tm55 <= tm54;
		tm58 <= tm57;
		tm61 <= tm60;
		tm64 <= tm63;
		tm67 <= tm66;
		tm70 <= tm69;
		tm26 <= tm25;
		tm29 <= tm28;
		tm32 <= tm31;
		tm35 <= tm34;
		tm38 <= tm37;
		tm41 <= tm40;
		tm44 <= tm43;
		tm47 <= tm46;
		tm50 <= tm49;
		tm53 <= tm52;
		tm56 <= tm55;
		tm59 <= tm58;
		tm62 <= tm61;
		tm65 <= tm64;
		tm68 <= tm67;
		tm71 <= tm70;
	end
end

endmodule

module addfxp_18_1 (
	input [17:0] a,
	input [17:0] b,
	input clk,
	output [17:0] q
);

reg [17:0] res_0;
assign q = res_0;

always @(posedge clk) begin
	res_0 <= a + b;
end

endmodule

module multfix_alt_dsp_18 (
	input [17:0] ax,
	input [17:0] ay,
	input [17:0] bx,
	input [17:0] by,
	input clk,
	output [17:0] a_q_sc,
	output [17:0] a_q_unsc,
	output [17:0] b_q_sc,
	output [17:0] b_q_unsc,
	input rst
);

wire [35:0] a_res;
wire [35:0] b_res;

assign a_q_unsc = a_res[17:0];
assign a_q_sc = {a_res[35-1], a_res[32			:16]};
assign b_q_unsc = b_res[17:0];
assign b_q_sc = {b_res[35-1], b_res[32			:16]};

dsp_signed_mult_18x18_unit_18_36_0 dsp_signed_mult_18x18_unit_18_36_0_inst (
	.clk(clk),
	.ena(1'b1),
	.reset(rst),
	.i_valid(),
	.o_valid(),
	.ax(ax),
	.ay(ay),
	.bx(bx),
	.by(by),
	.resulta(a_res),
	.resultb(b_res)
);

endmodule
module dsp_signed_mult_18x18_unit_18_36_0 (
	input clk,
	input reset,
	input ena,
	input i_valid,
	input [17:0] ax,
	input [17:0] ay,
	input [17:0] bx,
	input [17:0] by,
	output o_valid,
	output [35:0] resulta,
	output [35:0] resultb 
);

reg [35:0] reg_resa, reg_resb;
always @(posedge clk) begin
	reg_resa <= ax * ay;
	reg_resb <= bx * by;
end
assign resulta = reg_resa;
assign resultb = reg_resb;
reg input_valid, result_valid, output_valid;
always @ (posedge clk) begin
	if (reset) begin
		output_valid <= 1'b0;
		input_valid <= 1'b0;
		result_valid <= 1'b0;
	end else if (ena) begin
		input_valid <= i_valid;
		result_valid <= input_valid;
		output_valid <= result_valid;
	end
end
assign o_valid = output_valid;

endmodule

module shiftRegFIFO_2_1 (
	input [0:0] X,
	output [0:0] Y,
	input reset,
	input clk
);

reg [0:0] mem_0;
reg [0:0] mem_1;
assign Y = mem_1;

always @ (posedge clk) begin
	if (reset) begin
		mem_0 <= 0;
		mem_1 <= 0;
	end else begin
		mem_1 <= mem_0;
		mem_0 <= X;
	end
end

endmodule

module shiftRegFIFO_5_1 (
	input [0:0] X,
	output [0:0] Y,
	input reset,
	input clk
);

reg [0:0] mem_0;
reg [0:0] mem_1;
reg [0:0] mem_2;
reg [0:0] mem_3;
reg [0:0] mem_4;
assign Y = mem_4;

always @ (posedge clk) begin
	if (reset) begin
		mem_0 <= 0;
		mem_1 <= 0;
		mem_2 <= 0;
		mem_3 <= 0;
		mem_4 <= 0;
	end else begin
		mem_1 <= mem_0;
		mem_2 <= mem_1;
		mem_3 <= mem_2;
		mem_4 <= mem_3;
		mem_0 <= X;
	end
end

endmodule

module subfxp_18_1 (
	input [17:0] a,
	input [17:0] b,
	input clk,
	output [17:0] q
);

reg [17:0] res_0;
assign q = res_0;

always @(posedge clk) begin
	res_0 <= a + b;
end

endmodule